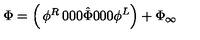
\Phi = \left( \begin{matrix} { \phi ^ { R } } & { 0 } & { 0 } \\ { 0 } & { \hat { \Phi } } & { 0 } \\ { 0 } & { 0 } & { \phi ^ { L } } \\ \end{matrix} \right) + \Phi _ { \infty }